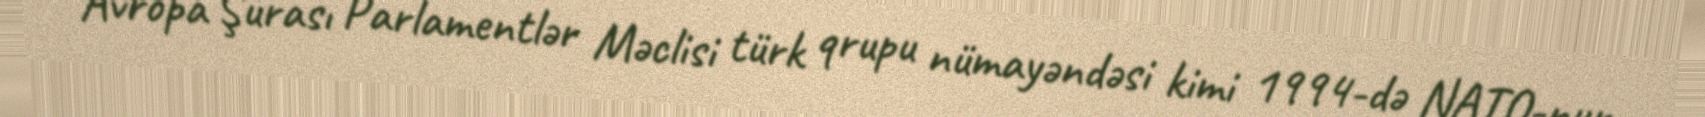
Avropa Şurası Parlamentlər Məclisi türk qrupu nümayəndəsi kimi 1994-də NATO-nun